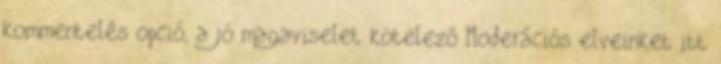
kommentelés opció, a jó magaviselet kötelező Moderációs elveinket itt